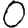
Digit: 0